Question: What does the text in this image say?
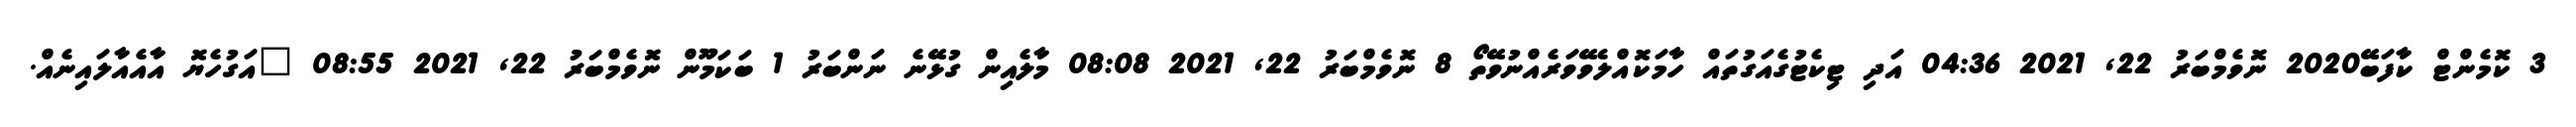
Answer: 3 ކޮމެންޓް ކާފަބޭ2020 ނޮވެމްބަރު 22, 2021 04:36 އަދި ޓިކެޓުގެއަގުތައް ހާމަކޮއްލެވޭވަރެއްނުވޭތޯ 8 ނޮވެމްބަރު 22, 2021 08:08 މާލެއިން ގުޅޭނެ ނަންބަރު 1 ބަކަމޫން ނޮވެމްބަރު 22, 2021 08:55 "އަގުހެޔޮ އާއެއާލައިނެއް.